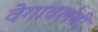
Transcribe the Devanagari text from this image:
वेगावलंबी